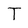
Character: T